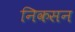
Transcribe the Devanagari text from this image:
निकसन